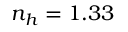
n _ { h } = 1 . 3 3